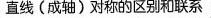
直线（成轴）对称的区别和联系